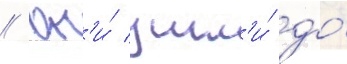
// Он'и́ ушл'и́ до́